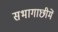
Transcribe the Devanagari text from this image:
सभागाछीमें